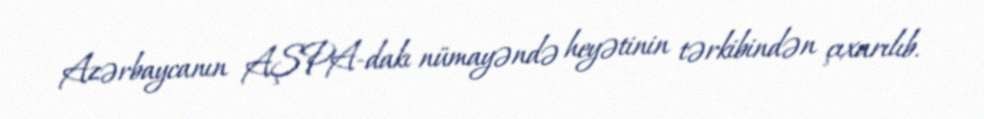
Azərbaycanın AŞPA-dakı nümayəndə heyətinin tərkibindən çıxarılıb.